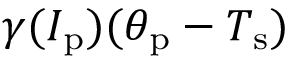
\gamma ( I _ { \mathrm { p } } ) ( \theta _ { \mathrm { p } } - T _ { \mathrm { s } } )